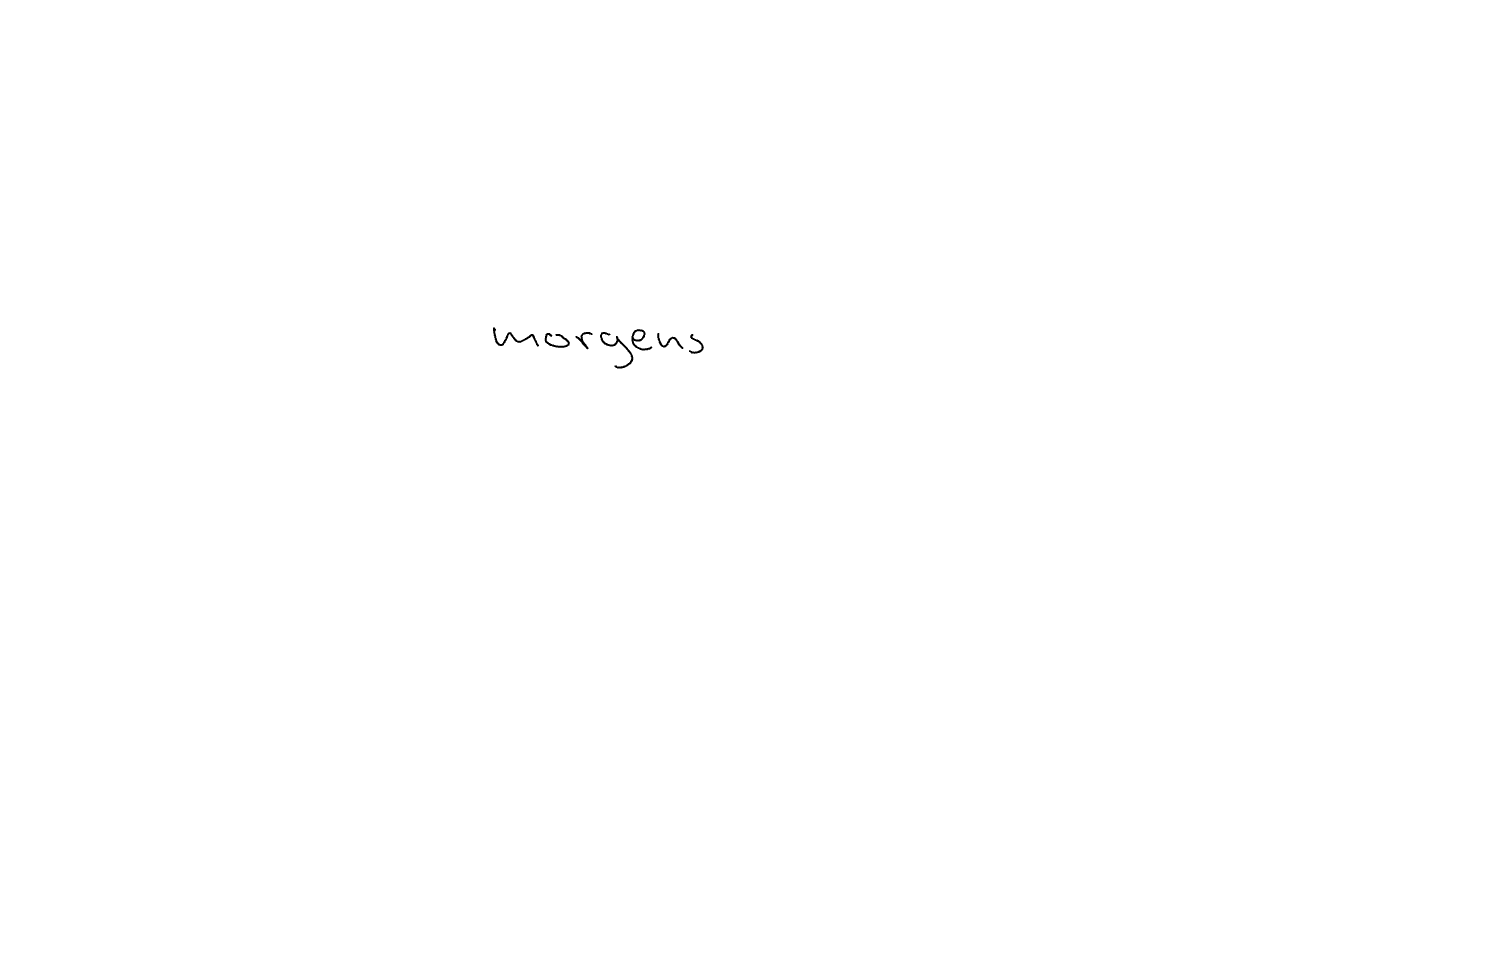
Text: morgens